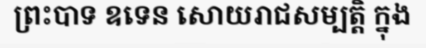
ព្រះបាទ ឧទេន សោយរាជសម្បត្តិ ក្នុង